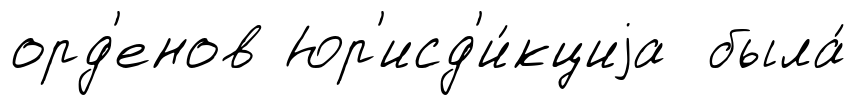
орд'енов Юр'исд'и́кциjа была́